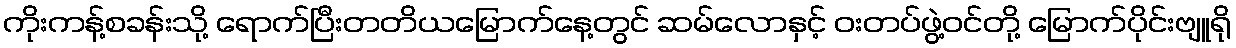
ကိုးကန့်စခန်းသို့ ရောက်ပြီးတတိယမြောက်နေ့တွင် ဆမ်လောနှင့် ဝးတပ်ဖွဲ့ဝင်တို့ မြောက်ပိုင်းဗျူရို